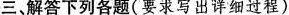
三、解答下列各题(要求写出详细过程)